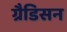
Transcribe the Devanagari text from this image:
ग्रैडिसन